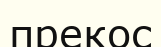
прекос